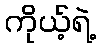
ကိုယ့်ရဲ့